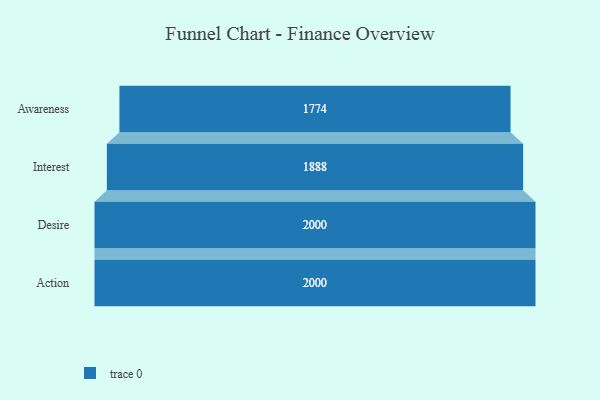
{"axis": {"x": "Stage", "y": "Value"}, "legend": [""], "data": [{"x": "Awareness", "y": 1774.0, "type": ""}, {"x": "Interest", "y": 1888.0, "type": ""}, {"x": "Desire", "y": 2000, "type": ""}, {"x": "Action", "y": 2000, "type": ""}]}